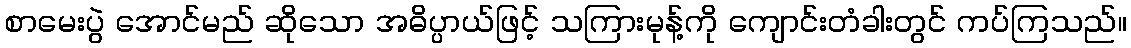
စာမေးပွဲ အောင်မည် ဆိုသော အဓိပ္ပာယ်ဖြင့် သကြားမုန့်ကို ကျောင်းတံခါးတွင် ကပ်ကြသည်။